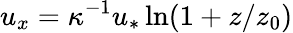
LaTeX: u_{x}=\kappa^{-1}u_{\ast}\ln(1+z/z_{0})